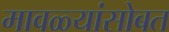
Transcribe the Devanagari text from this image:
मावळ्यांसोबत